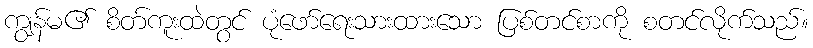
ကျွန်မ၏ စိတ်ကူးထဲတွင် ပုံဖော်ရေးသားထားသော ပြစ်တင်စာကို စတင်လိုက်သည်။